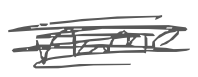
Text: name
Cross-out: scratch
Writing tool: digital_gray